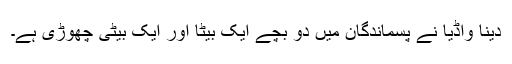
دینا واڈیا نے پسماندگان میں دو بچے ایک بیٹا اور ایک بیٹی چھوڑی ہے۔